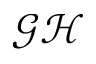
\mathcal { G H }